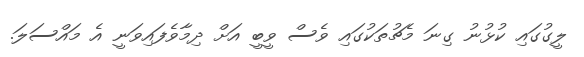
ލީގުގައި ކުޅުނު ގިނަ މެޗުތަކުގައި ވެސް ވީބީ އަށް ދިމާވެފައިވަނީ އެ މައްސަލަ.